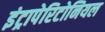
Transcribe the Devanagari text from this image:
इंट्रापेरिटोनियल